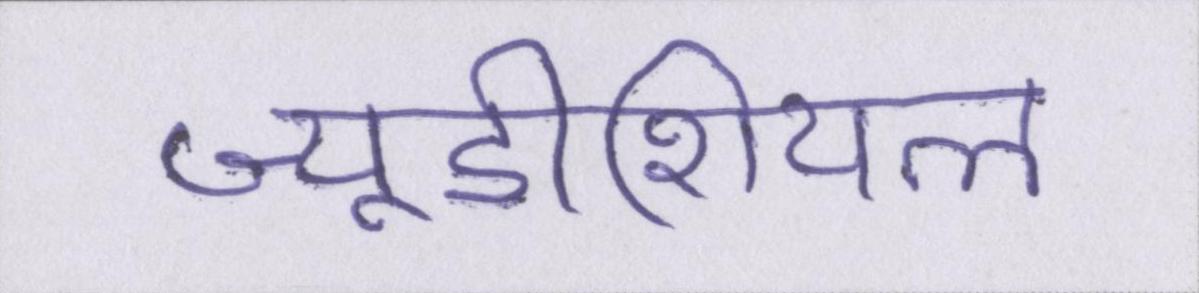
ज्यूडीशियल